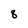
Character: 8